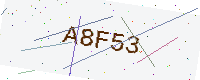
Text: A8F53